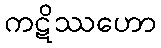
ကဋိဿဟော